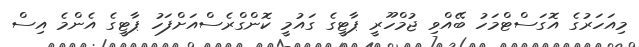
މިއަހަރުގެ އޮގަސްޓްމަހު ބޭއްވި ޖުމްހޫރީ ޕާޓީގެ ގައުމީ ކޮންގްރެސްއަށްފަހު ޕާޓީގެ އެންމެ އިސް